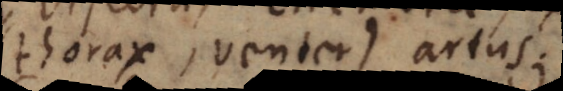
(thorax, venter), artus.